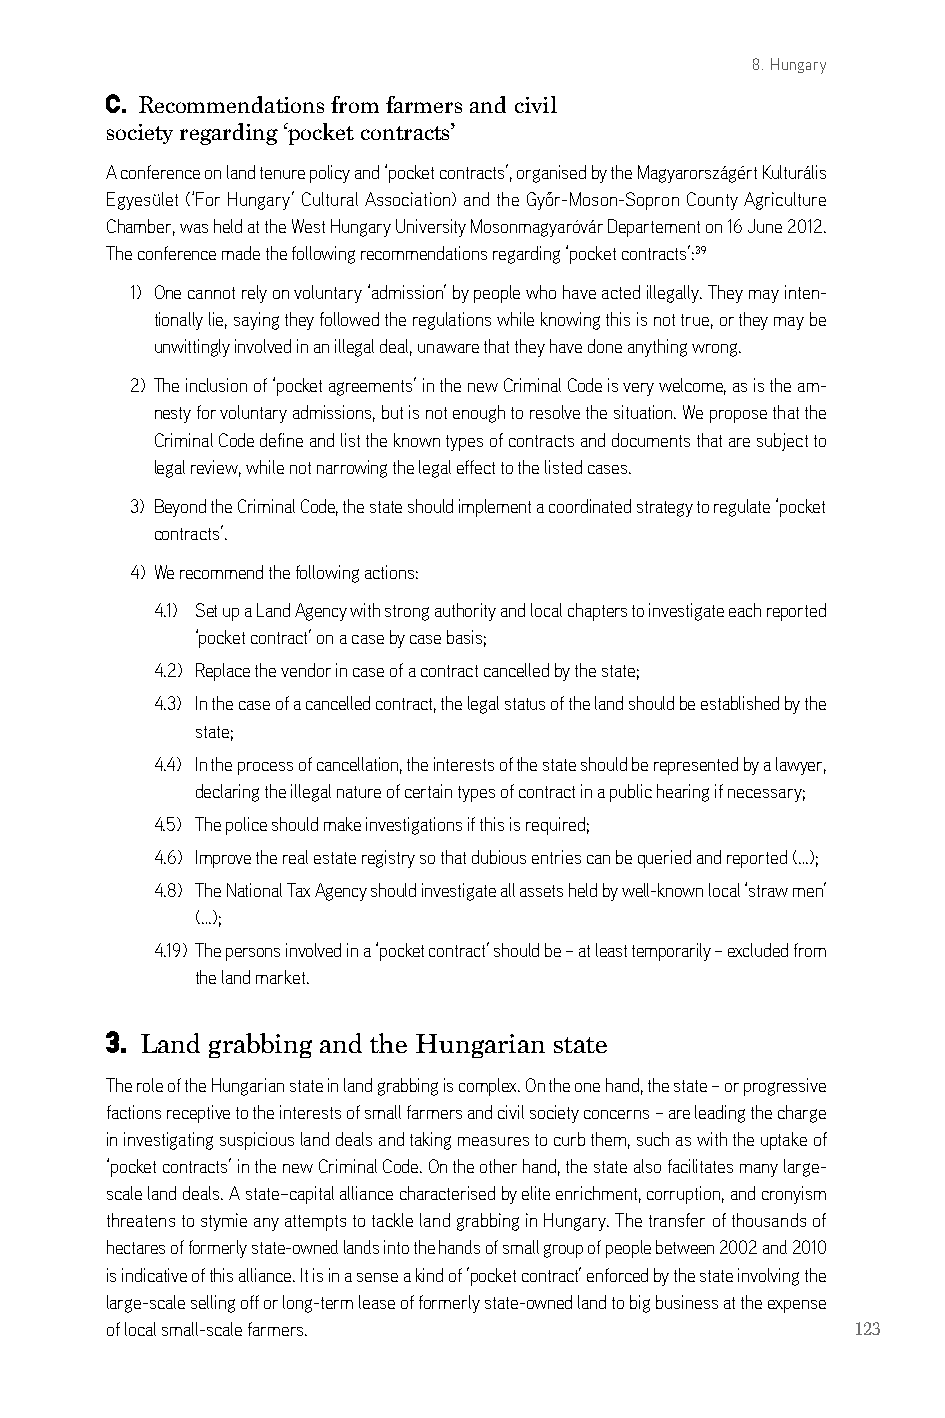
8. Hungary
 c. Recommendations from farmers and civil
 society regarding ‘pocket contracts’
 a conference on land tenure policy and ‘pocket contracts’, organised by the Magyarországért kulturális
 Egyesület (‘For Hungary’ Cultural Association) and the Győr-Moson-Sopron County Agriculture
 chamber, was held at the West Hungary University Mosonmagyaróvár departement on 16 June 2012.
 The conference made the following recommendations regarding ‘pocket contracts’:39
 1) one cannot rely on voluntary ‘admission’ by people who have acted illegally. They may inten-
 tionally lie, saying they followed the regulations while knowing this is not true, or they may be
 unwittingly involved in an illegal deal, unaware that they have done anything wrong.
 2) The inclusion of ‘pocket agreements’ in the new criminal code is very welcome, as is the am-
 nesty for voluntary admissions, but is not enough to resolve the situation. We propose that the
 criminal code define and list the known types of contracts and documents that are subject to
 legal review, while not narrowing the legal effect to the listed cases.
 3) beyond the criminal code, the state should implement a coordinated strategy to regulate ‘pocket
 contracts’.
 4) We recommend the following actions:
 4.1) set up a land agency with strong authority and local chapters to investigate each reported
 ‘pocket contract’ on a case by case basis;
 4.2) replace the vendor in case of a contract cancelled by the state;
 4.3) in the case of a cancelled contract, the legal status of the land should be established by the
 state;
 4.4) in the process of cancellation, the interests of the state should be represented by a lawyer,
 declaring the illegal nature of certain types of contract in a public hearing if necessary;
 4.5) The police should make investigations if this is required;
 4.6) improve the real estate registry so that dubious entries can be queried and reported (…);
 4.8) The national Tax agency should investigate all assets held by well-known local ‘straw men’
 (…);
 4.19) The persons involved in a ‘pocket contract’ should be – at least temporarily – excluded from
 the land market.
 3. Land grabbing and the Hungarian state
 The role of the Hungarian state in land grabbing is complex. on the one hand, the state – or progressive
 factions receptive to the interests of small farmers and civil society concerns – are leading the charge
 in investigating suspicious land deals and taking measures to curb them, such as with the uptake of
 ‘pocket contracts’ in the new criminal code. on the other hand, the state also facilitates many large-
 scale land deals. a state–capital alliance characterised by elite enrichment, corruption, and cronyism
 threatens to stymie any attempts to tackle land grabbing in Hungary. The transfer of thousands of
 hectares of formerly state-owned lands into the hands of small group of people between 2002 and 2010
 is indicative of this alliance. it is in a sense a kind of ’pocket contract’ enforced by the state involving the
 large-scale selling off or long-term lease of formerly state-owned land to big business at the expense
 of local small-scale farmers.                     123